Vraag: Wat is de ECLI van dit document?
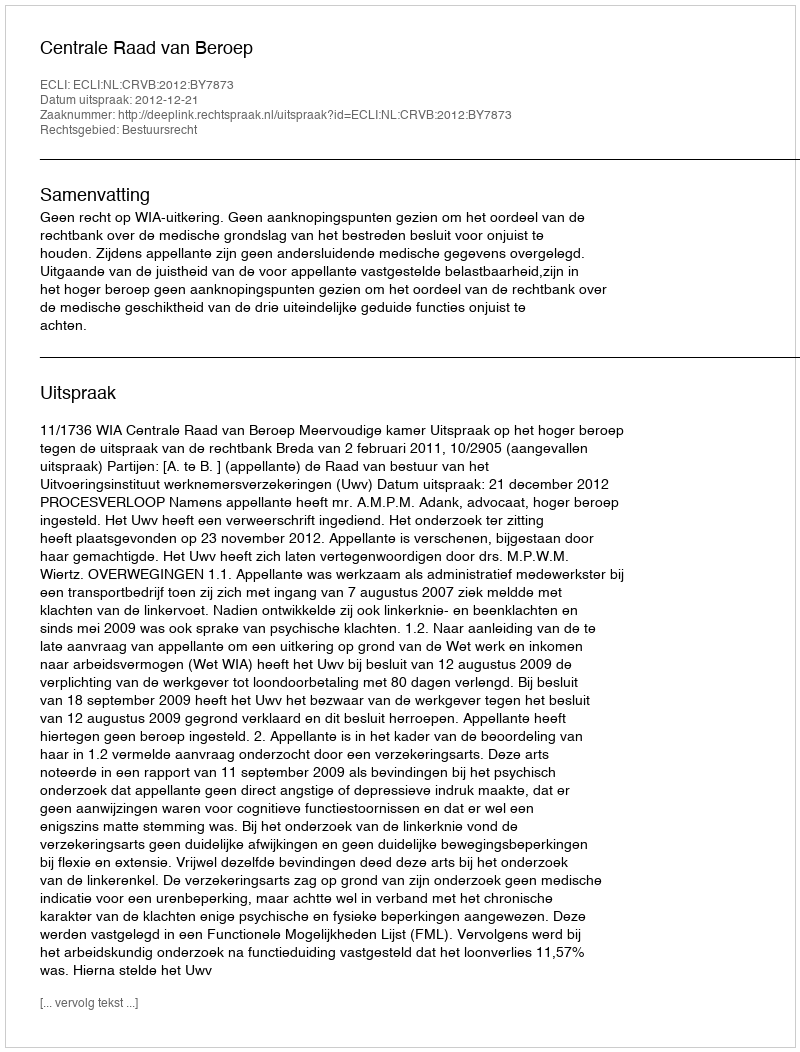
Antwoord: ECLI:NL:CRVB:2012:BY7873